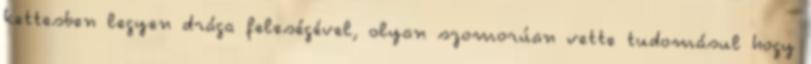
kettesben legyen drága feleségével, olyan szomorúan vette tudomásul hogy